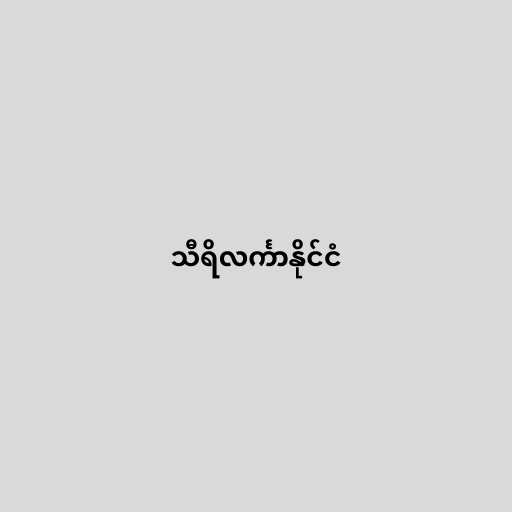
သီရိလင်္ကာနိုင်ငံ